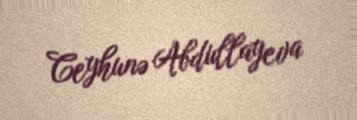
Ceyhunə Abdullayeva